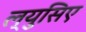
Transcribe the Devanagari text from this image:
ल्युसिए